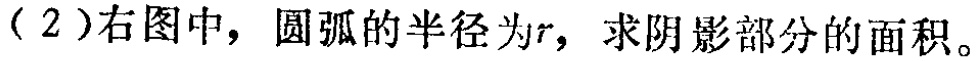
（2）右图中，圆弧的半径为\(r\)，求阴影部分的面积。